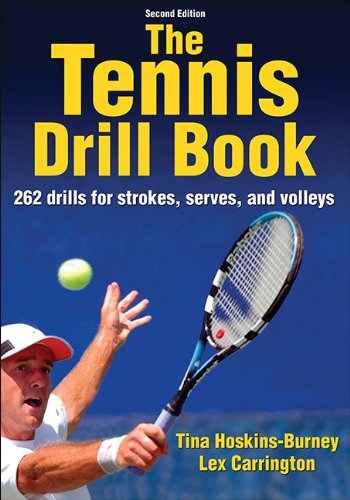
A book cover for Tennis Drill Book-2nd Edition, The; Tina Hoskins-Burney; Sports & Outdoors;